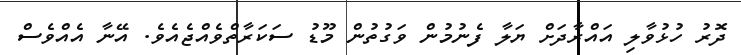
ދޮރު ހުޅުވާލި އައްރާދަށް ޔަލާ ފެނުމުން ވަގުތުން މޫޑު ސަކަރާތްވެއްޖެއެވެެ. އޭނާ އެއްވެސް